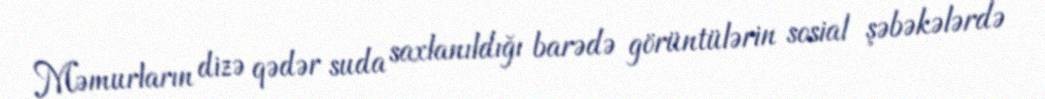
Məmurların dizə qədər suda saxlanıldığı barədə görüntülərin sosial şəbəkələrdə